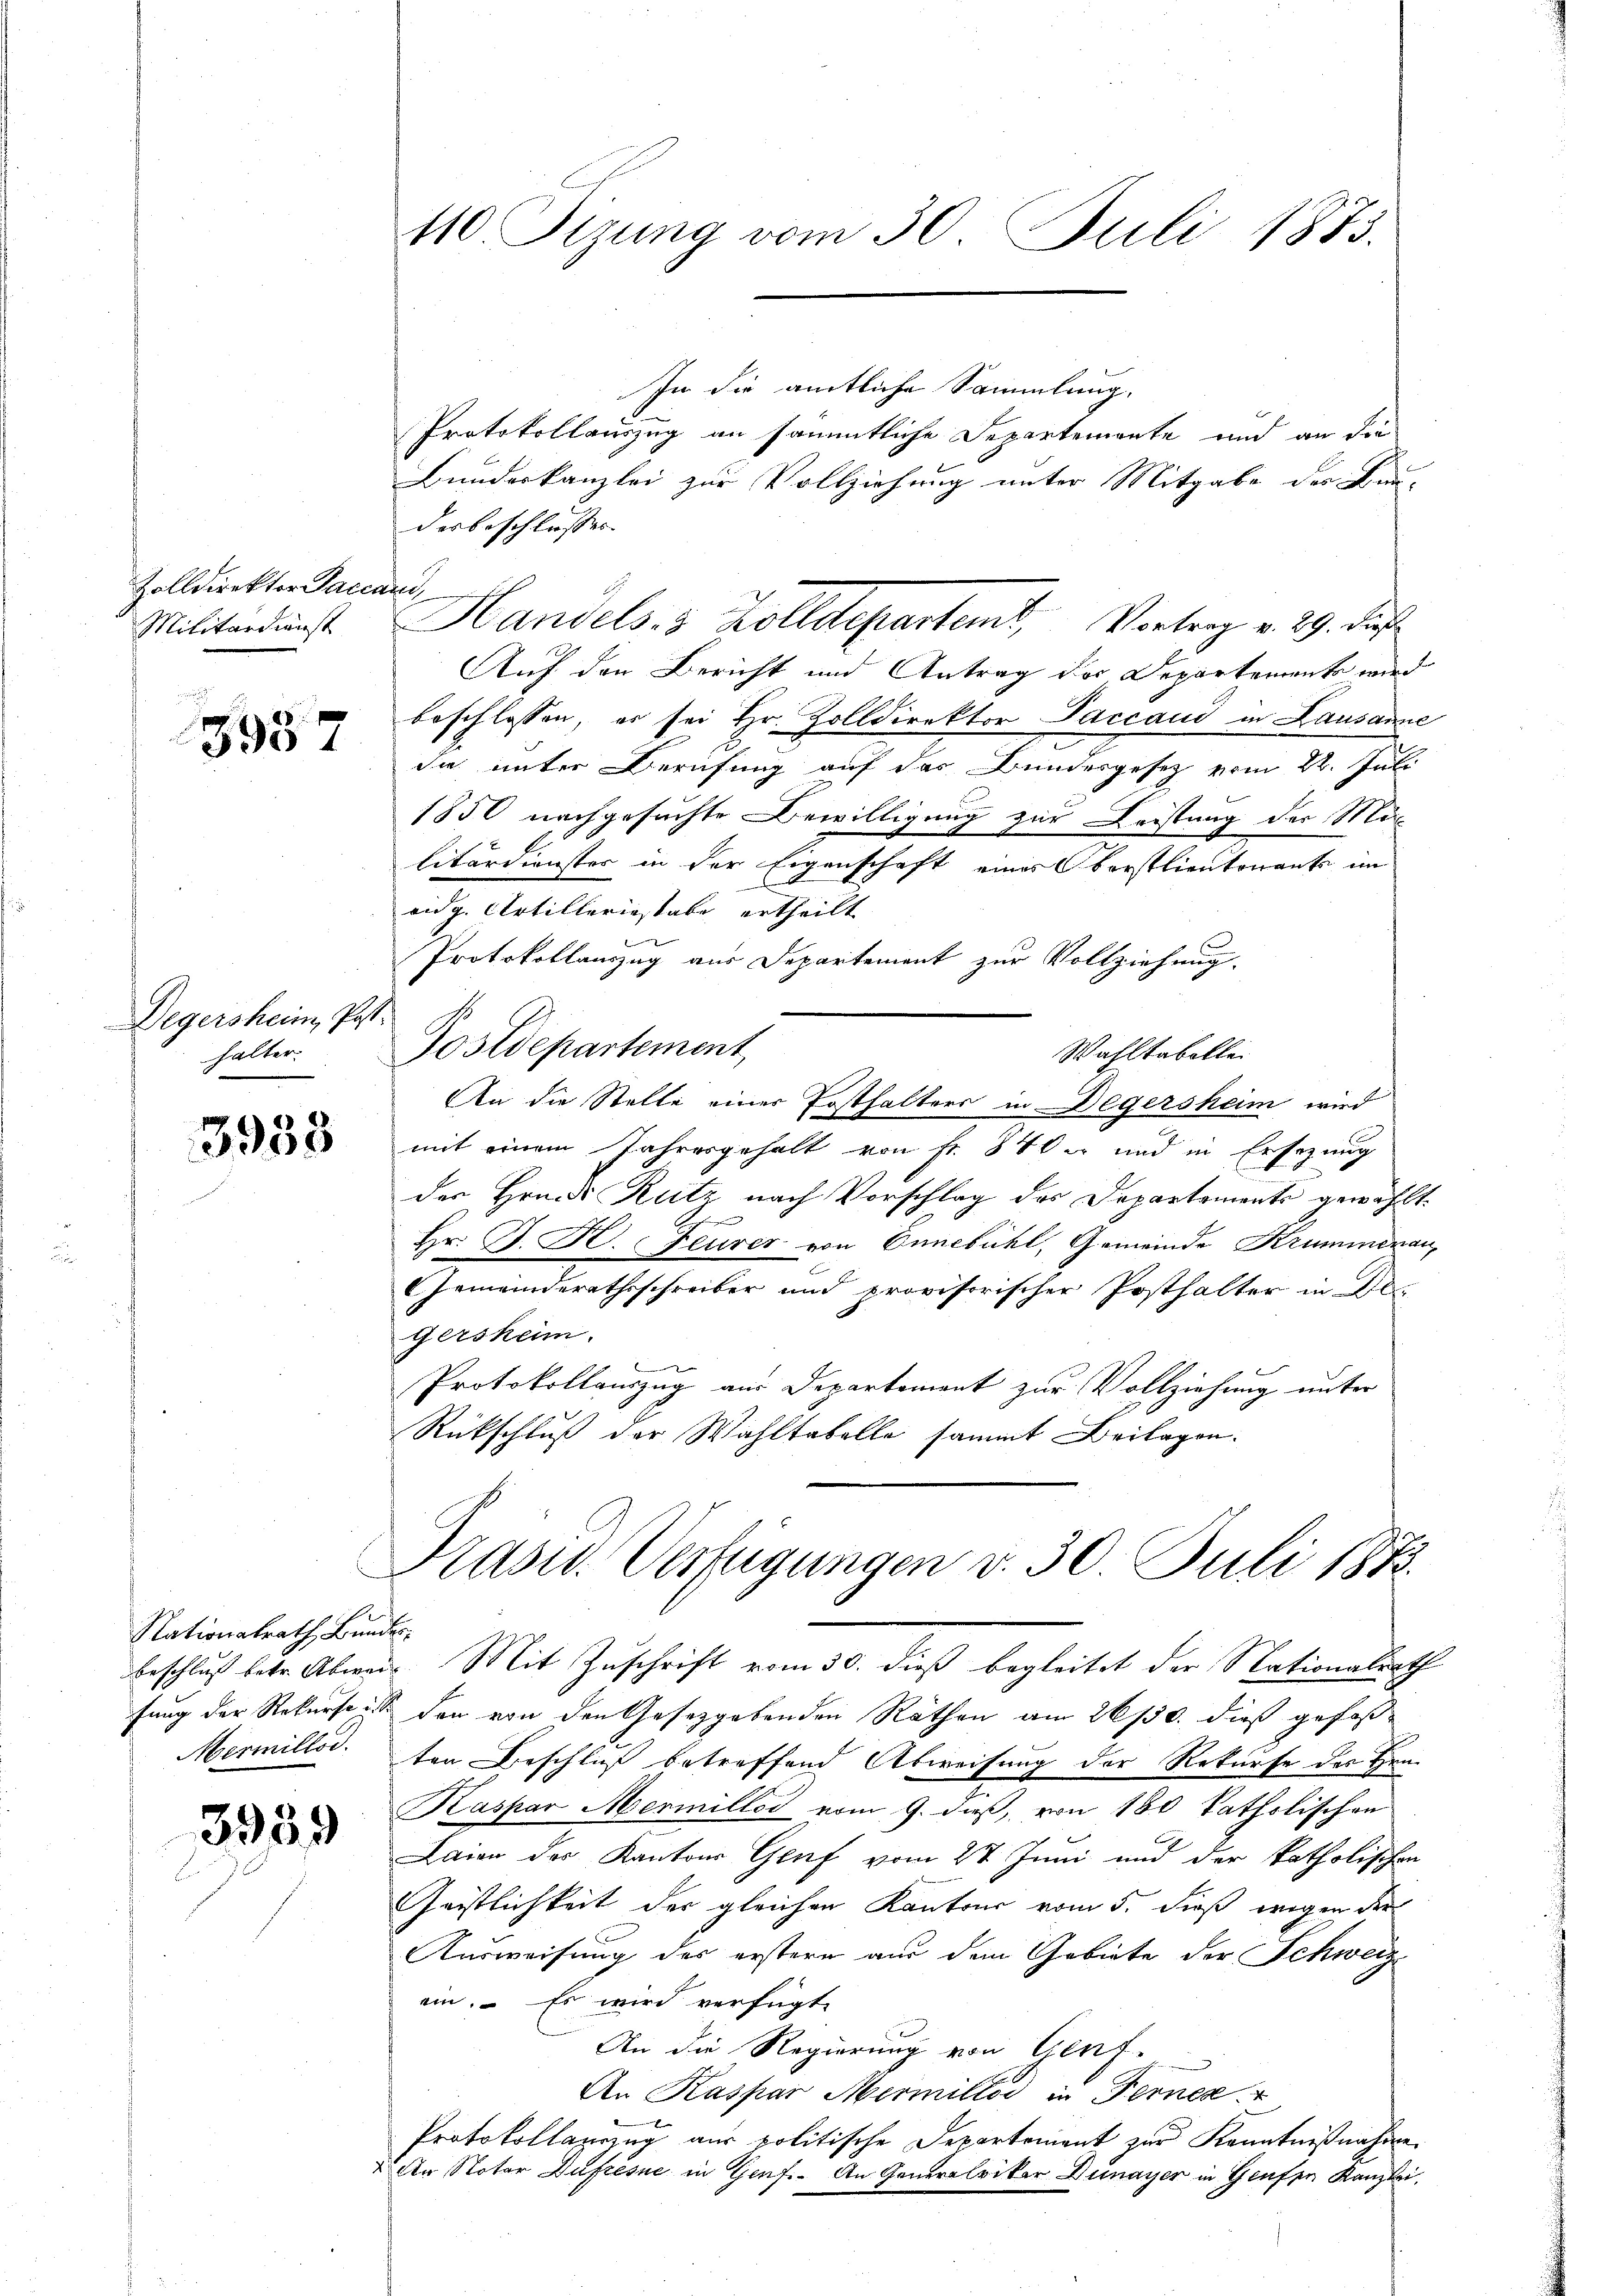
Zolldirektor Paccani,
Militärdienst

3957

Degersheim, Post.
halter.

3933

Nationalrath Bunder

3939

410 Sizung vom 30. Juli 1873.

In die amtliche Sammlung.
Protokollauszug an sämmtliche Departemente und an die
Bundeskanzlei zur Vollziehung unter Mitgabe der Hau-
derbeschlossen.
Auf den Bericht und Antrag des Departemente wird
beschlossen, er sei Hr. Zolldirektor Paccaud in Lausanne
die unter Berufung auf das Bundesgesetz vom 22. Juli
1850 nachgesuchte Bewilligung zur Leistung der Mi
litärdienster in der Eigenschaft eines Verstlieutenants im
eidg. Artilleriestabe ertheilt
Protokollauszug aus Departement zur Vollziehung,
Postdepartement
Wahltabelle.
An die Stelle einer Posthalters in Degersheim wird
mit einem Jahresgehalt von Fr. 840 er und in Ersezung
der Hrn. Dr. Rutz nach Vorschlag des Departements gewählt.
2
Hr. P. G. Feurer von Ennebühl, Gemeinde Krummenau,
Gemeinderathsschreiber und provisorischer Posthalter in De
gersheim.
Protokollauszug aus Departement zur Vollziehung unter
Rückschluß der Wahltabelle sammt Beilagen.

Krasw. Verfügungen v. 30. Juli 1873.
beschluß betr. Abweis. Mit Zuschrift vom 30. dieß begleitet der Nationalrath

Handels- & Zolldepartemb. Vortrag v. 29. Die

fung der Rekurses den von den Gesetzgebenden Räthen am 26/30. dieß gefaß¬
Mermillic. ten Beschluß betreffend Abweisung der Rekurse des Hrn.
Kaspar Mermilles vom 9. dieß, von 180 katholischen
Laien der Kantons Genf vom 2t Juni und der katholischen
Geistlichkeit der gleichen Kantons vom 5. dieß wegen der
Ausweisung des erstern aus dem Gebiete der Schweiz
ein. Es wird verfügt
An die Regierung von Genf.
An Kaspar Mermilles in Ferner
Protokollagung aus politische Departement zur Kenntnißnahme
der Notar Dufresse in Genf. An Generalriker Dunayer in Grafen Kanzlei